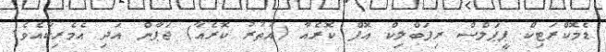
ޑެމޮކްރަޓިކް ޕީޕަލްސް ރިޕަބްލިކް އޮފް ކޮރެއާ (އުތުރު ކޮރެއާ) ޖަޕާން އަދި އެމެރިކާއެވެ.